Lunatic asylums Central Provinces reports 1895-1909 - 1895-1909
Year: 1895
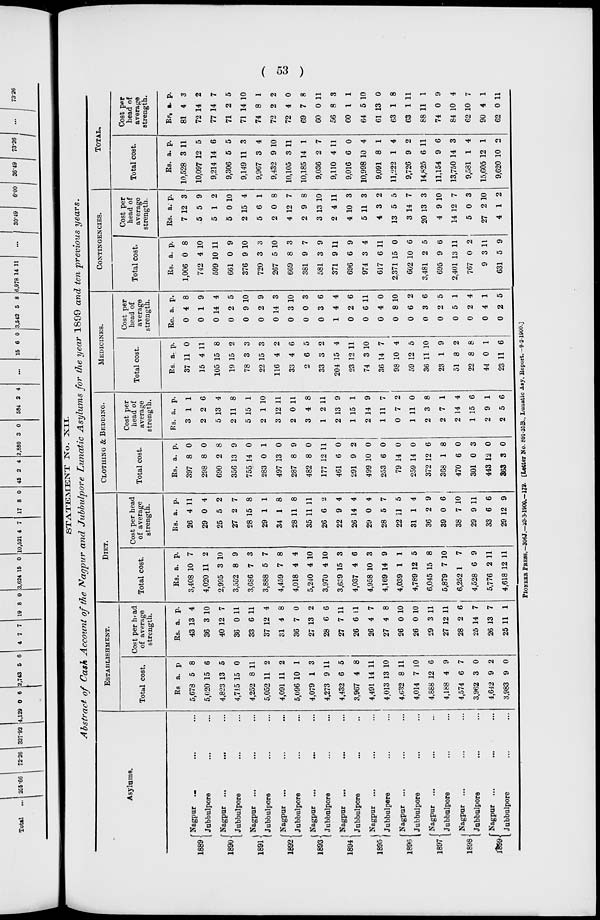
( 53 )
STATEMENT No. XII.
Abstract of Cash Account of the Nagpur and Jubbulpore Lunatic Asylums for the year 1899 and ten previous years.
Asylums.
1889
1890
1891
1892
1893
1894
1895
1896
1897
1898
1899
Nagpur ... ... ...
Jubbulpore ... ...
Nagpur ... ... ...
Jubbulpore ... ...
Nagpur ... ... ...
Jubbulpore... ...
Nagpur ... ... ...
Jubbulpore ... ...
Nagpur
... ... ...
Jubbulpore ... ...
Nagpur ... ... ...
Jubbulpore ... ...
Nagpur ... ... ...
Jubbulpore ... ...
Nagpur ... ... ...
Jubbulpore ... ...
Nagpur ... ... ...
Jubbulpore ... ...
Nagpur ... ... ...
Jubbulpore ... ...
Nagpur ... ... ...
Jubbulpore ... ...
ESTABLISHMENT.
Total cost.
Rs.
5,678
5,020
4,823
4,715
4,252
5,052
4,091
5,096
4,079
4,273
4,432
3,967
4,491
4,013
4,632
4,014
4,888
4,188
4,574
3,962
4,642
3,983
a.
5
15
13
15
8
11
11
10
1
9
6
4
14
13
8
7
12
4
6
3
9
9
p.
8
6
5
0
11
2
2
1
3
11
5
8
11
10
11
10
6
9
7
0
2
0
Cost per head
of average
strength.
Rs.
43
36
40
36
33
37
31
36
27
28
27
26
26
27
26
26
29
27
28
25
26
25
a.
13
3
12
0
6
12
4
7
13
6
7
6
4
4
0
0
3
12
2
14
13
11
p.
4
10
7
11
11
4
8
0
2
6
11
11
7
8
10
10
11
11
6
7
7
1
DIET.
Total cost.
Rs.
3,408
4,020
2,995
3,552
3,686
3,888
4,459
4,018
5,240
3,970
3,639
4,037
4,958
4,169
4,039
4,789
6,045
5,879
6,252
4,528
5,776
4,618
a.
10
11
3
8
7
5
7
4
4
4
15
4
10
14
1
12
15
7
1
6
2
12
p.
7
2
10
9
3
7
8
4
10
10
3
6
3
9
1
5
8
10
7
9
11
11
Cost per head
of average
strength.
Rs.
26
29
25
27
28
29
34
28
35
26
22
26
29
28
22
31
36
39
38
29
33
29
a.
4
0
5
2
15
1
1
11
11
6
9
14
0
5
11
1
2
0
7
9
6
12
p.
11
4
2
7
8
1
8
8
11
2
4
4
4
7
5
4
9
6
10
11
6
9
CLOTHING & BEDDING.
Total cost.
Rs.
397
298
690
356
755
283
497
287
482
177
461
291
499
253
79
259
372
368
470
301
443
363
a.
8
8
2
13
14
0
13
8
8
12
6
9
10
6
14
14
12
1
6
0
12
3
p.
0
0
8
9
0
1
0
9
0
11
0
2
0
0
0
0
6
8
0
3
0
0
Cost per
head of
average
strength.
Rs.
3
2
5
2
5
2
3
2
3
1
2
1
2
1
0
1
2
2
2
1
2
2
a.
1
2
13
11
15
1
12
0
4
2
13
15
14
11
7
11
3
7
14
15
9
5
p.
1
6
4
8
1
10
11
11
8
11
9
1
9
7
2
0
8
1
4
6
1
6
MEDICINES.
Total cost.
Rs.
37
15
105
19
78
22
116
33
2
33
204
23
74
36
98
59
36
23
51
22
44
23
a.
11
4
15
15
3
15
4
4
6
3
15
12
3
14
10
12
11
1
8
8
0
11
p.
0
11
8
2
3
3
2
6
5
2
4
11
10
7
4
5
10
9
2
8
1
6
Cost per
head of
average
strength.
Rs.
0
0
0
0
0
0
0
0
0
0
1
0
0
0
0
0
0
0
0
0
0
0
a.
4
1
14
2
9
2
14
3
0
3
4
2
6
4
8
6
3
2
5
2
4
2
p.
8
9
4
5
10
9
3
10
3
6
4
6
11
0
10
2
6
5
1
4
1
5
CONTINGENCIES.
Total cost.
Rs.
1,006
742
599
661
376
720
267
669
381
581
371
696
974
617
2,371
602
3,481
695
2,401
767
9
631
a.
0
4
10
0
9
3
5
8
9
3
9
6
3
6
15
10
2
9
13
0
3
5
p.
8
10
11
9
10
3
10
3
7
9
11
9
4
11
0
6
5
6
11
2
11
9
Cost per
head of
average
strength.
Rs.
7
5
5
5
2
5
2
4
2
3
2
4
5
4
13
3
20
4
14
5
27
4
a.
12
5
1
0
15
6
0
12
9
13
4
10
11
3
5
14
13
9
12
0
2
1
p.
3
9
2
10
4
1
8
7
8
10
11
3
3
2
5
7
3
10
7
3
10
2
TOTAL.
Total cost.
Rs.
10,528
10,097
9,214
9,306
9,149
9,967
9,432
10,105
10,185
9,036
9,110
9,016
10,998
9,091
11,222
9,726
14,825
11,154
13,750
9,581
15,605
9,620
a.
3
12
14
5
11
3
9
3
14
2
4
6
10
8
1
9
6
9
14
1
12
10
p.
11
5
6
5
3
4
10
11
1
7
11
0
4
1
4
2
11
6
3
4
1
2
Cost per
head of
average
strength.
Rs.
81
72
77
71
71
74
72
72
69
60
56
60
64
61
63
63
88
74
84
62
90
62
a.
4
14
14
2
14
8
2
4
7
0
8
1
5
13
1
1
11
0
10
10
4
0
p.
3
2
7
5
10
1
2
0
8
11
3
1
10
0
8
11
1
9
4
7
1
11
PIONEER PRESS,—306J.—23-3-1900.—172. [Letter No. 891-25B., Lunatic Asy. Report.—9-2-1900.]